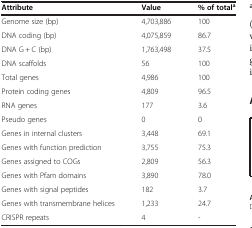
| Attribute | Value | % of totala |
 | --- | --- | --- |
 | Genome size (bp) | 4,703,886 | 100 |
 | DNA coding (bp) | 4,075,859 | 86.7 |
 | DNA G + C (bp) | 1,763,498 | 37.5 |
 | DNA scaffolds | 56 | 100 |
 | Total genes | 4,986 | 100 |
 | Protein coding genes | 4,809 | 96.5 |
 | RNA genes | 177 | 3.6 |
 | Pseudo genes | 0 | 0 |
 | Genes in internal clusters | 3,448 | 69.1 |
 | Genes with function prediction | 3,755 | 75.3 |
 | Genes assigned to COGs | 2,809 | 56.3 |
 | Genes with Pfam domains | 3,890 | 78.0 |
 | Genes with signal peptides | 182 | 3.7 |
 | Genes with transmembrane helices | 1,233 | 24.7 |
 | CRISPR repeats | 4 | - |